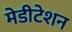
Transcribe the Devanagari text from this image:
मेडीटेशन